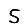
Digit: 5